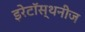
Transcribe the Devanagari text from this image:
इरेटॉस्थनीज